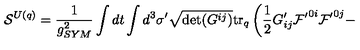
{ \cal S } ^ { U ( q ) } = \frac { 1 } { g _ { S Y M } ^ { 2 } } \int d t \int d ^ { 3 } \sigma ^ { \prime } \sqrt { \det ( G ^ { i j } ) } \mathrm { t r } _ { q } \left( \frac { 1 } { 2 } G _ { i j } ^ { \prime } { \cal F ^ { \prime } } ^ { 0 i } { \cal F ^ { \prime } } ^ { 0 j } - \right.